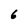
Character: 6